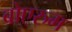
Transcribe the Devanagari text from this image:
बोएरुम